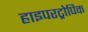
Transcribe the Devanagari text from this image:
हाइपरट्रोपिक